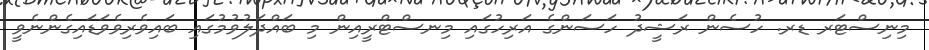
މިނިސްޓަރ ޑރ. ހުސެން ރަޝީދު ހަސަންގެ އަރިހުގައި މިނސްޓްރީއިން މި ބައްދަލުވުމުގައި ބައިވެރިވެވަޑައިގެންނެވީ